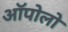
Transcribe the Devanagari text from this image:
ऑपोलो